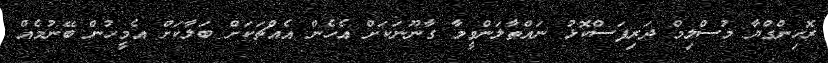
ރޮހިންގްޔާ މުސްލިމް ދަރިފަސްކޮޅު ނައްތާލަންވީމާ ގާނޫނަކަށް އެހެން އެއްޗަކަށް ބަލާކަށް އެމީހުން ބޭނުމެއް